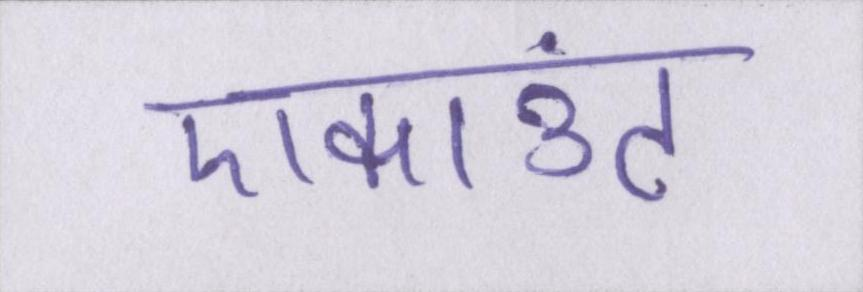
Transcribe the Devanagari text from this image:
एकाउंट